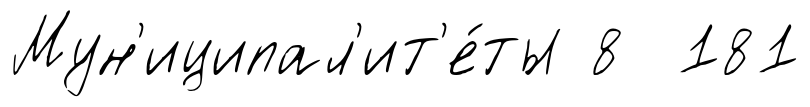
Мун'иципал'ит'е́ты 8 181